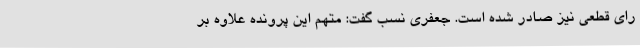
رای قطعی نیز صادر شده است. جعفری نسب گفت: متهم این پرونده علاوه بر